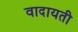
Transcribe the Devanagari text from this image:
वादायती